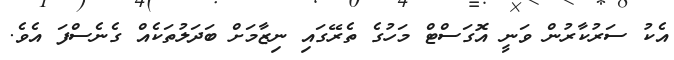
އެކު ސަރުކާރުން ވަނީ އޮގަސްޓް މަހުގެ ތެރޭގައި ނިޒާމަށް ބަދަލުތަކެއް ގެނެސްފަ އެވެ.